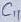
Text: C1